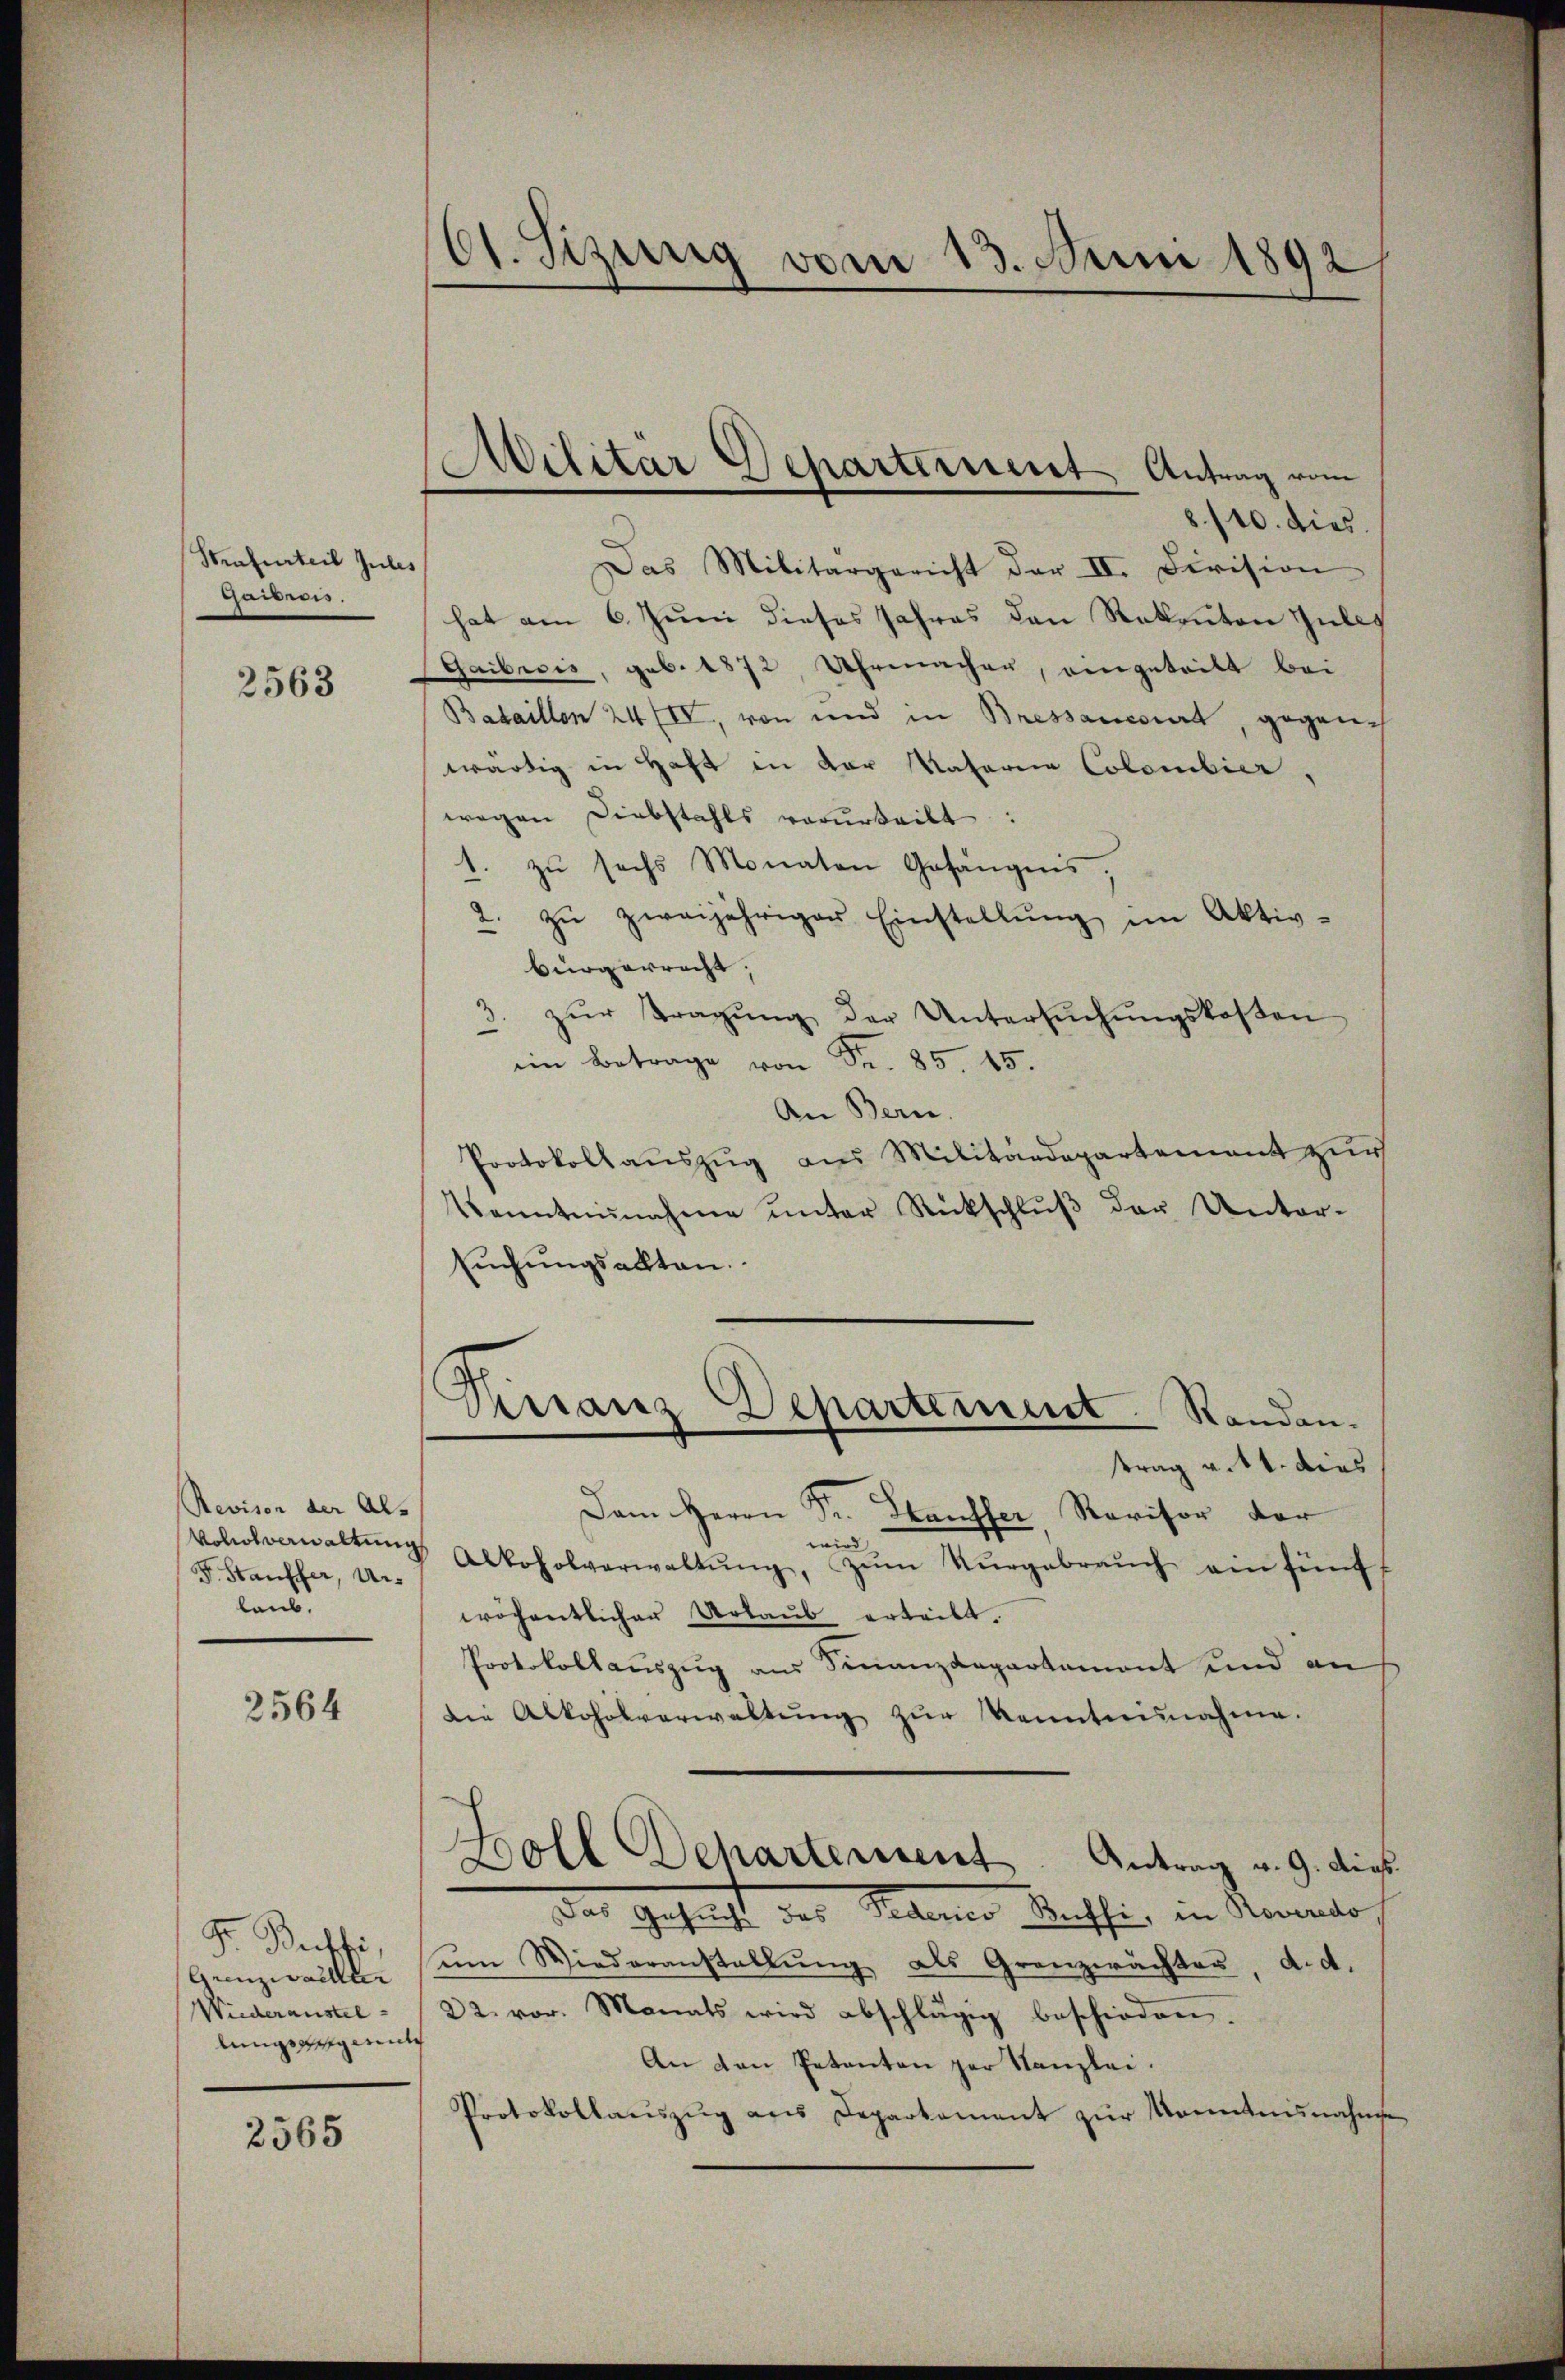
Strafurteil zules
Gaideris.

2563

Revison der Al-
Voliolverwaltung
F. Stauffer, Urlaub.

2564

Fr. Bethe,
Grenzwachter
Wiederaustel
Auggereite

2565

61. Sizurig vom 13. Juni 1892/

¬
ilitar Separtement Antrag vom

8./10. dies
Das Militärgericht der II. Division
hat am 6. Juni dieses Jahres den Rekruten Gutes
Gaibisis, geb. 1872, Uhrmachen, eingetritt bei
Bataillon 24 IV, von und in Bressanciert, gegene
wärtig in Haft in der Materia Colombier,
wegen Diebstahls vorurteilt:
1. zu sechs Monaten Gefängnis,
2. zŭ zweijähriger Einstellŭng im Aktiv-
bürgerrecht;
3. zŭr Tragŭng der Untersŭchŭngskosten
 Betrag von S. 85. 45
An Bern.
Protokollauszug aus Militärdepartement zur
Venntnŭnahme ŭnter Rückschlŭβ der Unter-
suchungsakten.
trag v. 14. dies
Dem Herrn Sr. Hausser Revisor der
wird
Alkoholverwaltŭng, zŭm Nŭrgebraŭch ein fünft
wöchentlicher Urlaub erteilt.
Protokollauszug aus Finanzdepartement und an
die Alkoholverwaltŭng zŭr Kenntnunahme.
Doll Departement. Antrag v. 9. dies
der Gesicht des Sectionen Muffig in Kanto
ŭm Wiederanstellŭng als Grenzwächter, d. d.
22. vor. Monats wird abschlägig beschieden
An den Petenten zur Kanzlei.
Protokollaŭszŭg ans Departement zŭr Kenntnisnahme

Dirranz Departement. Standen.